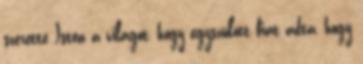
szerette Isten a világot, hogy egyszülött fiát adta, hogy